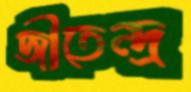
জীতেন্দ্র